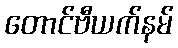
တောင်ဗီယက်နမ်